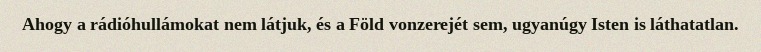
Ahogy a rádióhullámokat nem látjuk, és a Föld vonzerejét sem, ugyanúgy Isten is láthatatlan.